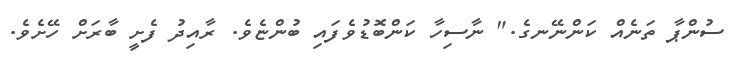
ސުންޕާ ތަނެއް ކަންނޭނގެ." ނާސިހާ ކަންބޮޑުވެފައި ބުންޏެވެ. ރާއިދު ފެށީ ބާރަށް ހޭށެވެ.